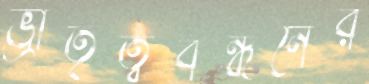
ভ্রাতৃত্ববন্ধনের